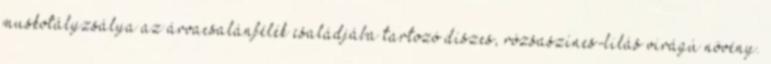
muskotályzsálya az árvacsalánfélék családjába tartozó díszes, rózsaszínes-lilás virágú növény.